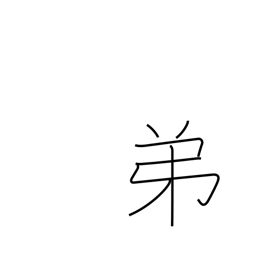
Meaning: younger brother